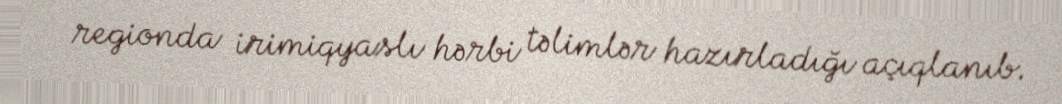
regionda irimiqyaslı hərbi təlimlər hazırladığı açıqlanıb.